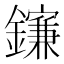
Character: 𨮄